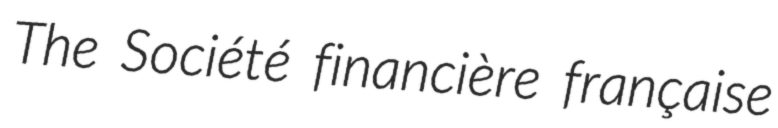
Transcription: The Société financière française